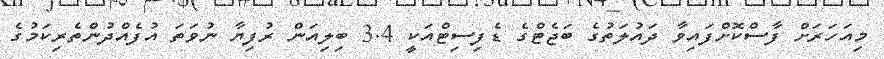
މިއަހަރަށް ފާސްކޮށްފައިވާ ދައުލަތުގެ ބަޖެޓްގެ ޑެފިސިޓްއަކީ 3.4 ބިލިއަން ރުފިޔާ ނުވަތަ އުފެއްދުންތެރިކަމުގެ